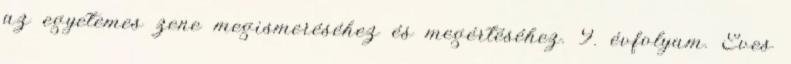
az egyetemes zene megismeréséhez és megértéséhez. 9. évfolyam. Éves